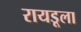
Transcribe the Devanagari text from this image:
रायडूला